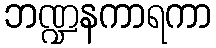
ဘဏ္ဍနကာရကာ